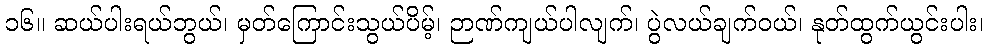
၁၆။ ဆယ်ပါးရယ်ဘွယ်၊ မှတ်ကြောင်းသွယ်ပိမ့်၊ ဉာဏ်ကျယ်ပါလျက်၊ ပွဲလယ်ချက်ဝယ်၊ နုတ်ထွက်ယွင်းပါး၊